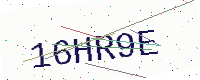
Text: 16HR9E